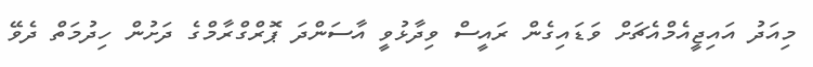
މިއަދު އައިޖީއެމްއެޗަށް ވަޑައިގެން ރައީސް ވިދާޅުވީ އާސަންދަ ޕޮރްގްރާމްގެ ދަށުން ހިދުމަތް ދެވޭ